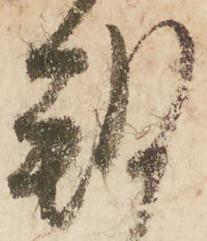
朔